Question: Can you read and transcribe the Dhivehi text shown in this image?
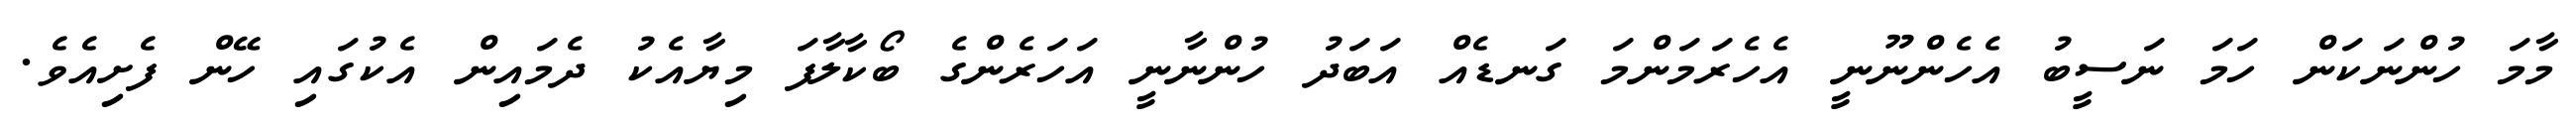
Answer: މާމަ ހުންނަކަން ހަމަ ނަސީބު އެހެންނޫނީ އެހެރަމަންމަ ގަނޑެއް އަބަދު ހުންނާނީ އަހަރެންގެ ބޯކާލާފަ މިޔާއެކު ދެމައިން އެކުގައި ހޭން ފެށިއެވެ.